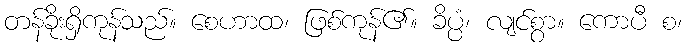
တန်ခိုးရှိကုန်သည်။ စေဟာထ၊ ဖြစ်ကုန်၏။ ခိပ္ပံ၊ လျင်စွာ။ ကောပီ စ၊